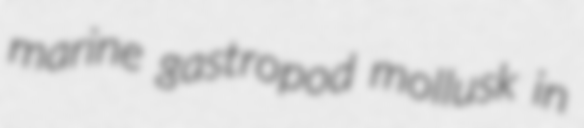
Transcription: marine gastropod mollusk in